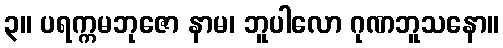
၃။ ပရက္ကမဘုဇော နာမ၊ ဘူပါလော ဂုဏဘူသနော။